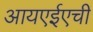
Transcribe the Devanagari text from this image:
आयएईएची